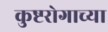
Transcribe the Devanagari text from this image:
कुष्टरोगाच्या